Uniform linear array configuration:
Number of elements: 24
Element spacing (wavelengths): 0.75
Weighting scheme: binomial
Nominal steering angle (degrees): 15
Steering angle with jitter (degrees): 13.339
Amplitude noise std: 0.05
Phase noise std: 0.05

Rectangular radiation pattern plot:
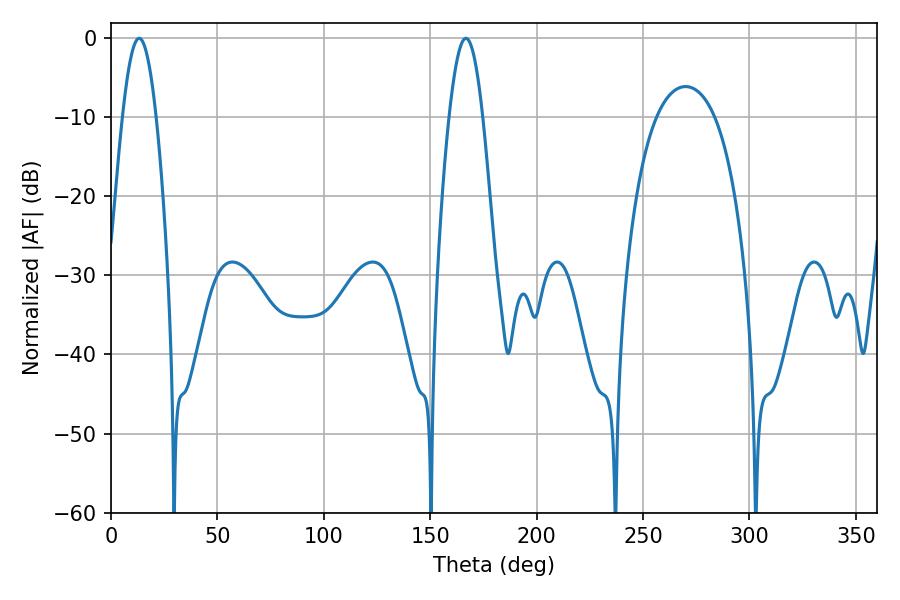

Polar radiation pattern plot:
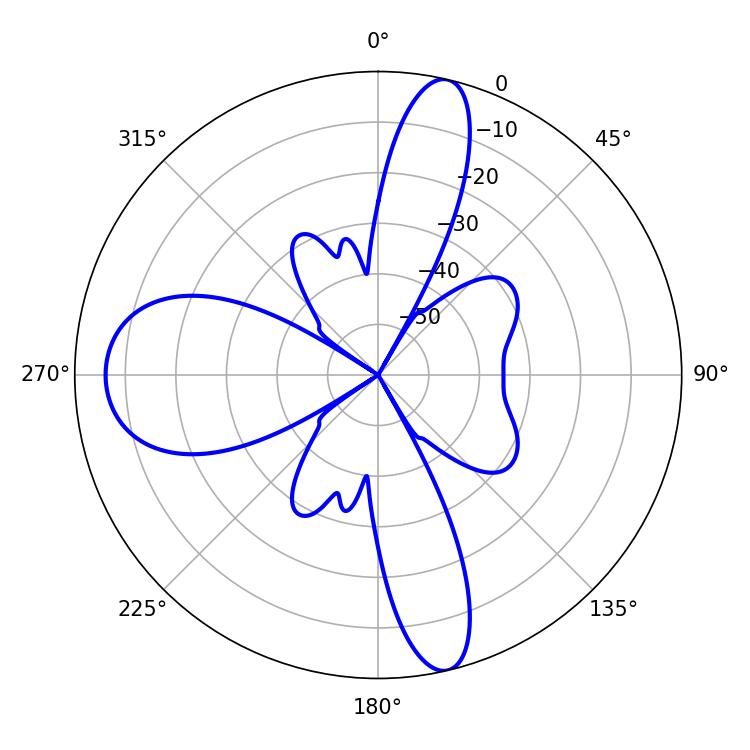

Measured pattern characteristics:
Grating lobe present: TRUE
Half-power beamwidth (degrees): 8.46
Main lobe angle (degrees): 13.32